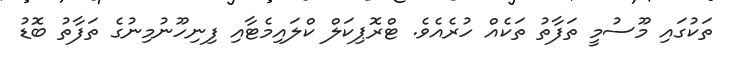
ތަކުގައި މޫސުމީ ތަފާތު ތަކެއް ހުރެއެވެ. ޓްރޮޕިކަލް ކްލައިމެޓާއި ފިނިހޫނުމިނުގެ ތަފާތު ބޮޑު